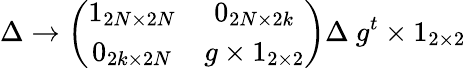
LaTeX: \Delta\rightarrow\left(\begin{array}{cc}{{1_{2N\times 2N}}}&{{0_{2N\times 2k}}}\\ {{0_{2k\times 2N}}}&{{g\times 1_{2\times 2}}}\end{array}\right)\Delta~g^{t}\times 1_{2\times 2}